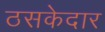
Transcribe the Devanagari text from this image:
ठसकेदार